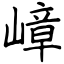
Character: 嶂